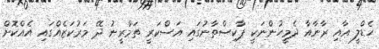
ހެޑްލީ އާއި ރާނާއާ ދެމީހުންނަކީ ޕާކިސްތާނުގައި އަސްކަރީ ތަމްރީނު ދޭ މަރުކަޒެއްގައި އެއްކޮށް